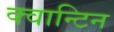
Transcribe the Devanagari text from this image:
क्वान्टिन